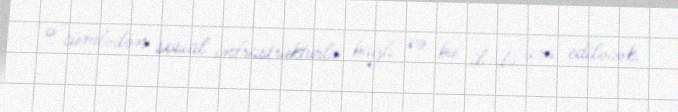
o cümlədən sosial infrastrukturla bağlı və bu il də icra ediləcək.